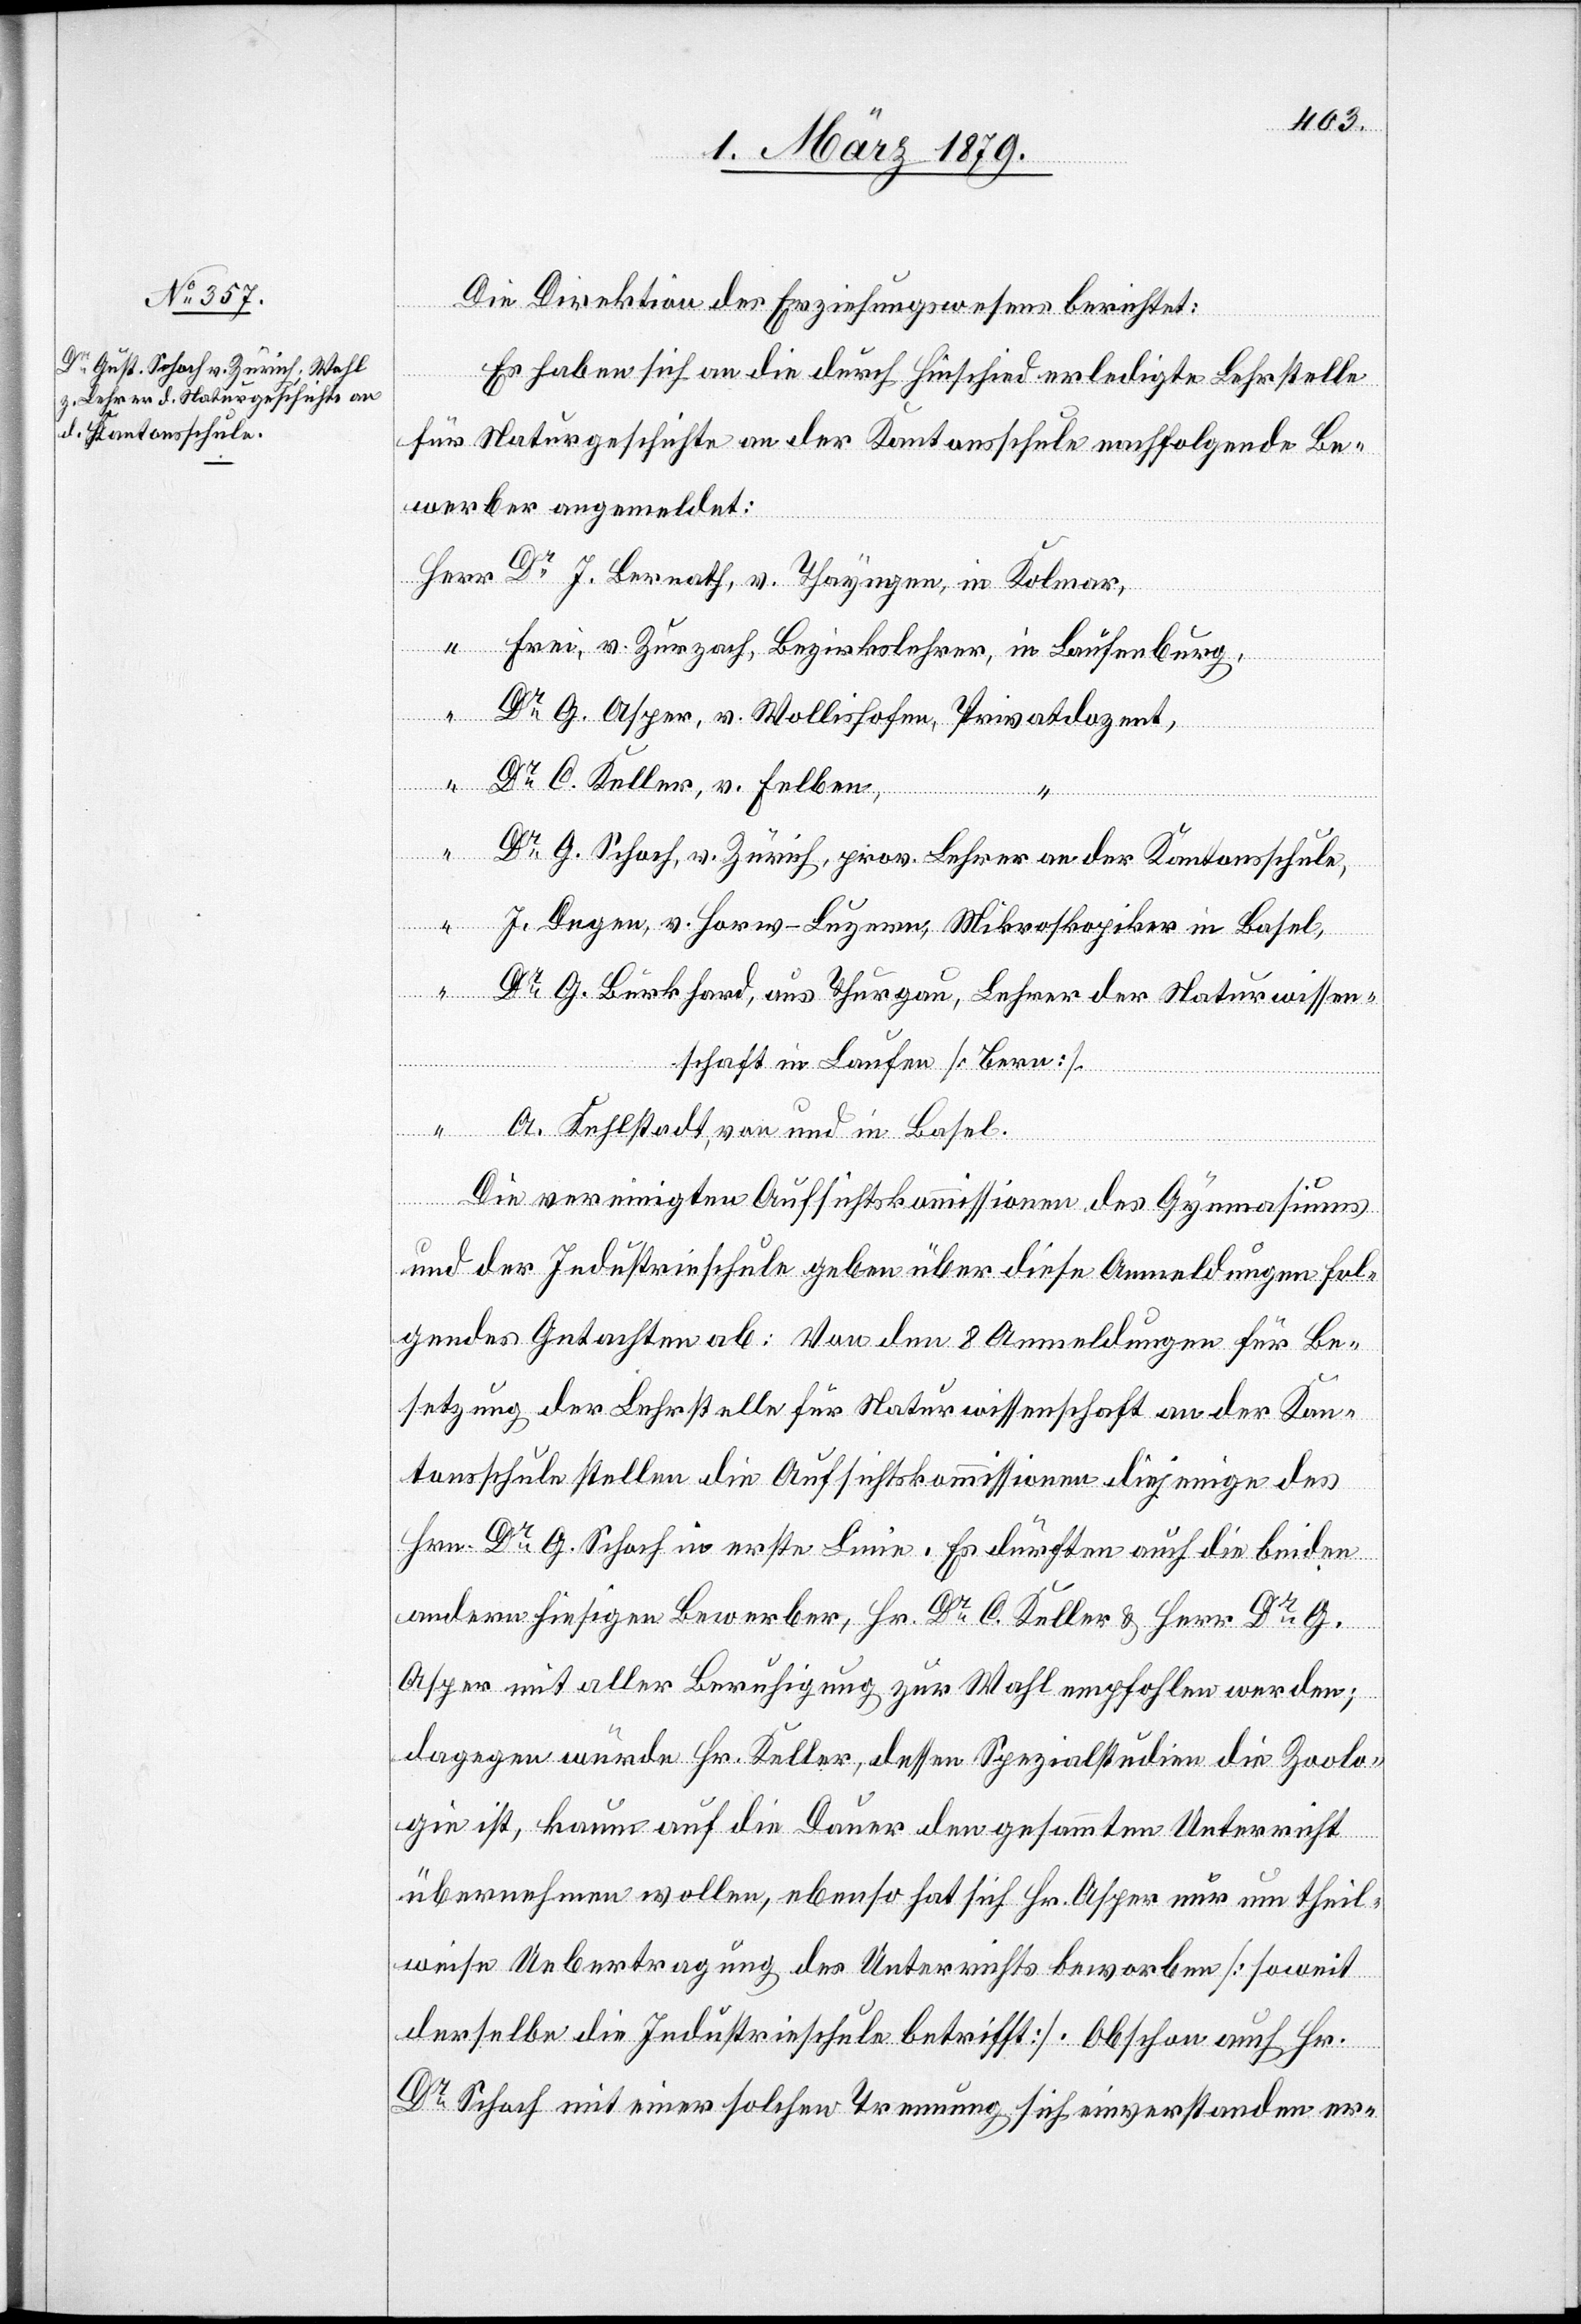
Die Direktion des Erziehungswesens berichtet:
Es haben sich an die durch Hinschied erledigte Lehrstelle
für Naturgeschichte an der Kantonsschule nachfolgende Be¬
werber angemeldet:
Herr Dr J. Bernath. v. Thayngen, in Kolmar,
“ Frei, v. Zurzach, Bezirkslehrer, in Laufenburg,
Dr G. Asper, v. Wollishofen, Privatdozent,
“ Dr C. Keller, v. Felben,
Dr G. Schoch, v. Zürich, prov. Lehrer an der Kantonsschule,
J. Degen, v. Horw - Luzern, Mikroskopiker in Basel,
Dr G. Burkhard, aus Thurgau, Lehrer der Naturwissen¬
schaft in Laufen [Bern].
“
“ A. Kehlstadt, von und in Basel.
Die vereinigten Aufsichtskommissionen des Gymnasiums
und der Industrieschule geben über diese Anmeldungen fol¬
gendes Gutachten ab: Von den 8 Anmeldungen für Be¬
setzung der Lehrstelle für Naturwissenschaft an der Kan¬
tonsschule stellten die Aufsichtskommissionen diejenige des
Hrn. Dr G. Schoch in erste Linie. Es dürften auch die beiden
andern hiesigen Bewerber, Hr. Dr C. Keller & Herr Dr G.
Asper mit aller Berechtigung zur Wahl empfohlen werden;
dagegen würde Hr. Keller, dessen Spezialstudien die Zoolo¬
gie ist, kaum auf die Dauer den gesammten Unterricht
übernehmen wollen, ebenso hat sich Hr. Asper nur um theil¬
weise Uebertragung des Unterrichts beworben [soweit
derselbe die Industrieschule betrifft]. Obschon auch Hr.
Dr Schoch mit einer solchen Trennung sich einverstanden er-